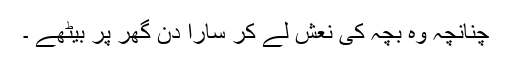
چنانچہ وہ بچہ کی نعش لے کر سارا دن گھر پر بیٹھے ۔